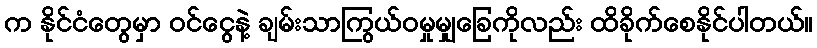
က နိုင်ငံတွေမှာ ၀င်ငွေနဲ့ ချမ်းသာကြွယ်ဝမှုမျှခြေကိုလည်း ထိခိုက်စေနိုင်ပါတယ်။